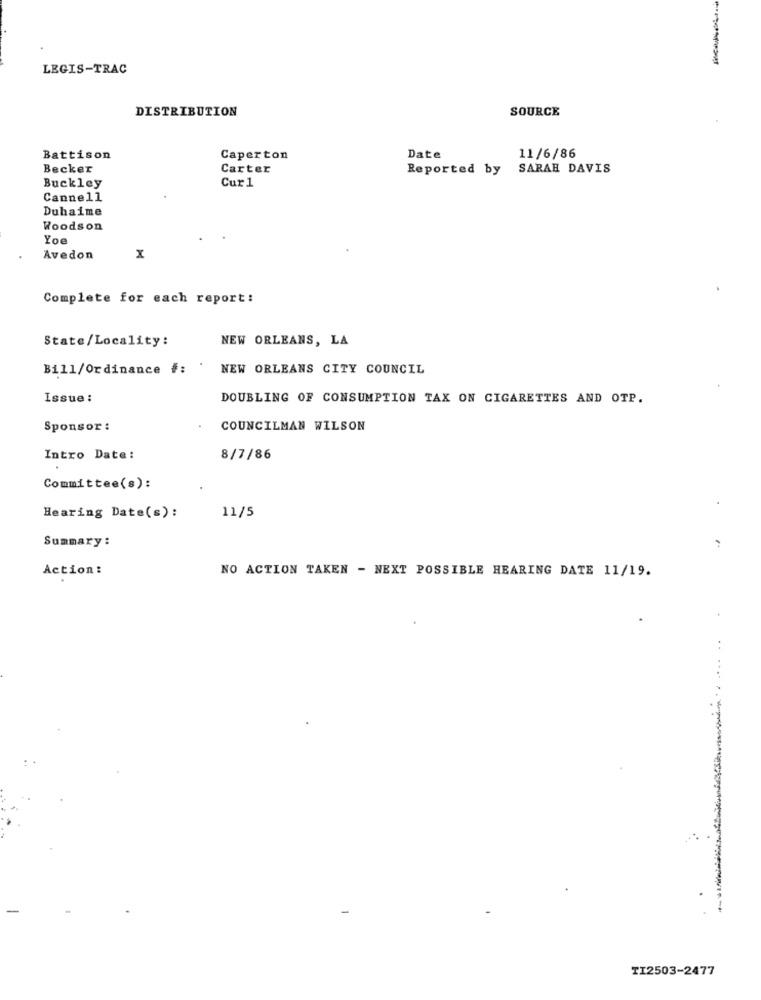
LEGIS-TRAC
DISTRIBUTION
SOURCE
Battison
Caperton
Date
11/6/86
Becker
Carter
Reported by
SARAH DAVIS
Cur 1
Buckley
Cannell
Duhaime
Woodson
Yoe
Avedon
X
Complete for each report:
State/Locality:
NEW ORLEANS, LA
Bill/Ordinance #:
NEW ORLEANS CITY COUNCIL
Issue:
DOUBLING OF CONSUMPTION TAX ON CIGARETTES AND OTP.
Sponsor :
COUNCILMAN WILSON
Intro Date :
8/7/86
Committee(s):
Hearing Date(s):
11/5
Summary :
Action :
NO ACTION TAKEN - NEXT POSSIBLE HEARING DATE 11/19.
TI2503-2477